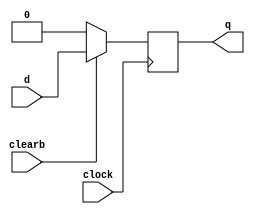
module dff_sync_clear( d, clearb, clock, q);

input d, clearb, clock;

output q;

reg q; // ASSIGNMENT inside an always block MUST be declared as REG and not a net(wire)

always @ (posedge clock)
begin 
if(!clearb) q <= 1'b0;
else q <=d;
end 


endmodule

/* NOTE:
1. If you hve two always blocks in a module then these block will execute in PARALLEL -
therefore they must not speficy the same output otherwise a race conditon exists
*/

module dff_async_clear( d, clearb, clock, q);

input d , clock, clearb;

output q;

reg q;

//when clear is low(active low) and the clock is high
always @ (negedge clearb  or posedge clock)
begin 
if( !clearb )
 q <= 1'b0;
 else 
 
 q <= d;
 
 end
 
 endmodule